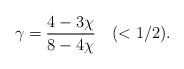
LaTeX: \begin{align*} \gamma=\frac{4-3\chi}{8-4\chi}\quad(<1/2).\end{align*}